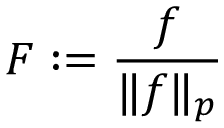
F : = { \frac { f } { \| f \| _ { p } } }